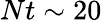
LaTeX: Nt\sim 20